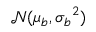
\mathcal { N } ( \mu _ { b } , { \sigma _ { b } } ^ { 2 } )